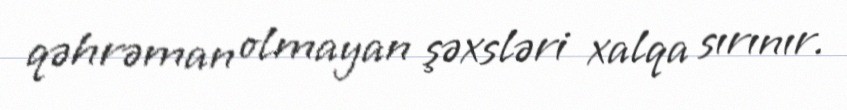
qəhrəman olmayan şəxsləri xalqa sırınır.